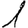
Digit: 1